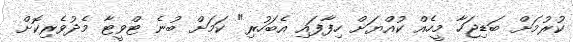
ކުރުމަށް ބަޑިޖަހާ މީހެއް ކުއްޔަށް ހިފާފައި އެބަހުރި" ކަމަށް ބުނެ ޓްވީޓާ މެދުވެރިކޮށް